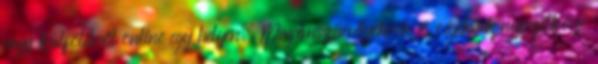
vagy külföldről online egy helyen. Magánszemélyeknek és cégeknek nemzetközi